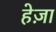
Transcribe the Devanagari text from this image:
हेज़ा